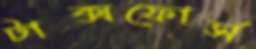
টাক্সফোর্স